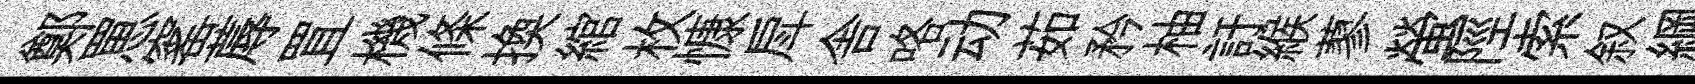
鄭罳窰蓐罝機條換綰枚慷戽舎咯动茹矜柚訏緱蓼螢陘索叙綱